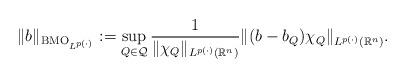
LaTeX: \begin{align*}\| b \|_{ {\rm BMO}_{L^{p(\cdot)}} }:=\sup_{Q\in\mathcal{Q}}\frac{1}{ \| \chi_Q \|_{ L^{p(\cdot)} (\mathbb{R}^n) }}\| (b-b_Q)\chi_Q \|_{ L^{p(\cdot)}(\mathbb{R}^n) }.\end{align*}